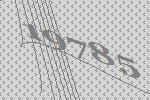
19785